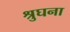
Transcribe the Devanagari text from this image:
श्रुघना